Leaving Certificate Examination, 1908
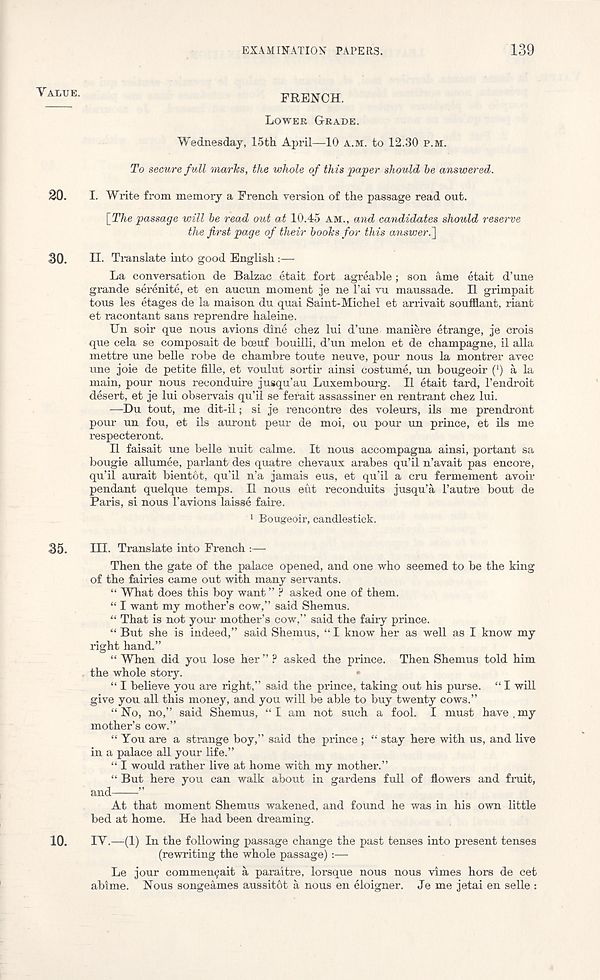
EXAMINATION PAPERS.
139
ALUE -
FRENCH.
LOWER GRADE.
Wednesday, 15th April—10 A.M. to 12.30 P.M.
To secure full marks, the whole of this paper should he answered.
30.
I. Write from memory a French rersion of the passage read out.
[The passage will he read out at 10.45 AM., and candidates should reserve
the first page of their books for this answer.']
30.
II. Translate into good English:—
La conversation de Balzac etait fort agreable; son ame etait d’une
grande serenite, et en aucun moment je ne 1’ai vu maussade. II grimpait
tons les etages de la maison du quai Saint-Michel et arrivait soufflant, riant
et racontant sans reprendre haleine.
Un soir que nous avions dine chez lui d’une maniere etrange, je crois
que cela se composait de hceuf bouilli, d’un melon et de champagne, il alia
mettre une belle robe de chambre toute neuve, pour nous la montrer avec
une joie de petite fille, et voulut sortir ainsi costume, un bougeoir (*) a la
main, pour nous reconduire jusqu’au Luxembourg. II etait tard, Fendroit
desert, et je lui observais qu’il se ferait assassiner en rentrant chez lui.
—Du tout, me dit-il; si je rencontre des voleurs, ils me prendront
pour un fou, et ils auront peur de moi, ou pour un prince, et ils me
respecteront.
II faisait une belle Unit calme. It nous accompagna ainsi, portant sa
bougie allumee, parlant des quatre chevaux arabes qu’il n’avait pas encore,
qu’il aurait bientot, qu’il n’a jamais eus, et qu’il a cru fermement avoir
pendant quelque temps. II nous eut reconduits jusqu’a 1’autre bout de
Paris, si nous 1’avions laisse faire.
1 Bougeoir, candlestick.
35.
HI- Translate into French :—
Then the gate of the palace opened, and one who seemed to be the king
of the fairies came out with many servants.
“ What does this boy want ” P asked one of them.
“ I want my mother’s cow,” said Shemus.
“ That is not your mother’s cow,” said the fairy prince.
“ But she is indeed,” said Shemus, “ I know her as well as I know my
right hand.”
“ When did you lose her ” P asked the prince. Then Shemus told him
the whole story.
“ I believe you are right,” said the prince, taking out his purse. “ I will
give you all this money, and you will be able to buy twenty cows.”
“No, no,” said Shemus, “I am not such a fool. I must have,my
mother’s cow.”
“ You are a strange boy,” said the prince ; “ stay here with us, and live
in a palace all your life.”
“ I would rather live at home with my mother.”
“ But here you can walk about in gardens full of flowers and fruit,
and
”
At that moment Shemus wakened, and found he was in his own little
bed at home. He had been dreaming.
10.
IV.—(1) In the following passage change the past tenses into present tenses
(rewriting the whole passage) :—■
Le jour commemjait a paraitre, lorsque nous nous vimes hors de cet
abime. Nous songeames aussitot a nous en eloigner. Je me jetai en selle :